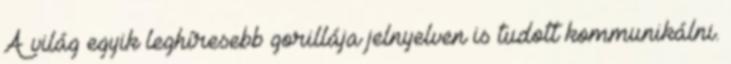
A világ egyik leghíresebb gorillája jelnyelven is tudott kommunikálni.